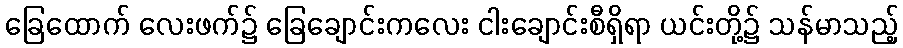
ခြေထောက် လေးဖက်၌ ခြေချောင်းကလေး ငါးချောင်းစီရှိရာ ယင်းတို့၌ သန်မာသည့်